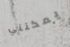
يمكنني